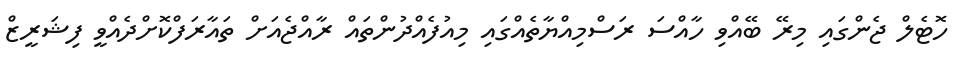
ހޮޓެލް ޖެންގައި މިރޭ ބޭއްވި ހާއްސަ ރަސްމިއްޔާތެއްގައި މިއުފެއްދުންތައް ރާއްޖެއަށް ތައާރަފްކޮށްދެއްވީ ފިޝަރީޒް